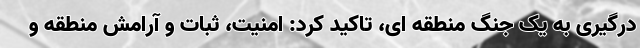
درگیری به یک جنگ منطقه ای، تاکید کرد: امنیت، ثبات و آرامش منطقه و